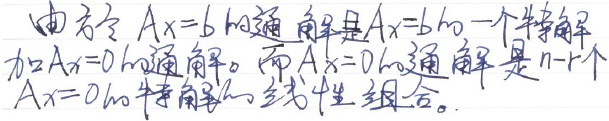
由方程 \(Ax = b\) 的通解是 \(Ax = b\) 的一个特解加上 \(Ax = 0\) 的通解。而 \(Ax = 0\) 的通解是 \(n - r\) 个 \(Ax = 0\) 的特解的线性组合。（注：这里 \(n\) 一般指未知数个数，\(r\) 一般指矩阵 \(A\) 的秩 ）